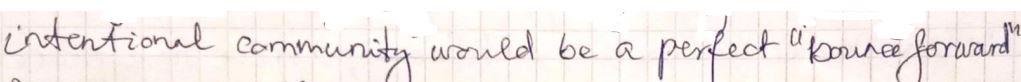
intentional community would be a perfect " poured forward "